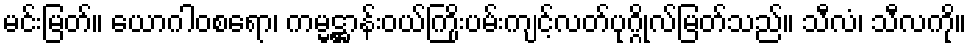
မင်းမြတ်။ ယောဂါဝစရော၊ ကမ္မဋ္ဌာန်းဝယ်ကြိုးပမ်းကျင့်လတ်ပုဂ္ဂိုလ်မြတ်သည်။ သီလံ၊ သီလကို။